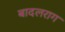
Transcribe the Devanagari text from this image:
बादलराग